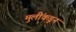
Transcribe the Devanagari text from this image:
मुलींकडून